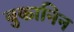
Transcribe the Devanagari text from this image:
बुकानिन